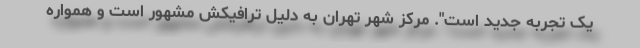
یک تجربه جدید است". مرکز شهر تهران به دلیل ترافیکش مشهور است و همواره